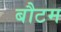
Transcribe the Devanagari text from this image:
बौटम